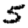
Digit: 5